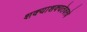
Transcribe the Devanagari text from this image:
शक्याशक्यतेवरचे